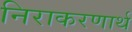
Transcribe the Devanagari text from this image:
निराकरणार्थ